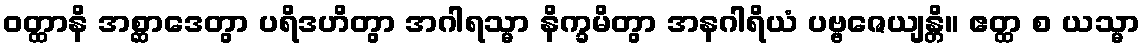
ဝတ္ထာနိ အစ္ဆာဒေတွာ ပရိဒဟိတွာ အဂါရသ္မာ နိက္ခမိတွာ အနဂါရိယံ ပဗ္ဗဇေယျန္တိ။ ဧတ္ထ စ ယသ္မာ